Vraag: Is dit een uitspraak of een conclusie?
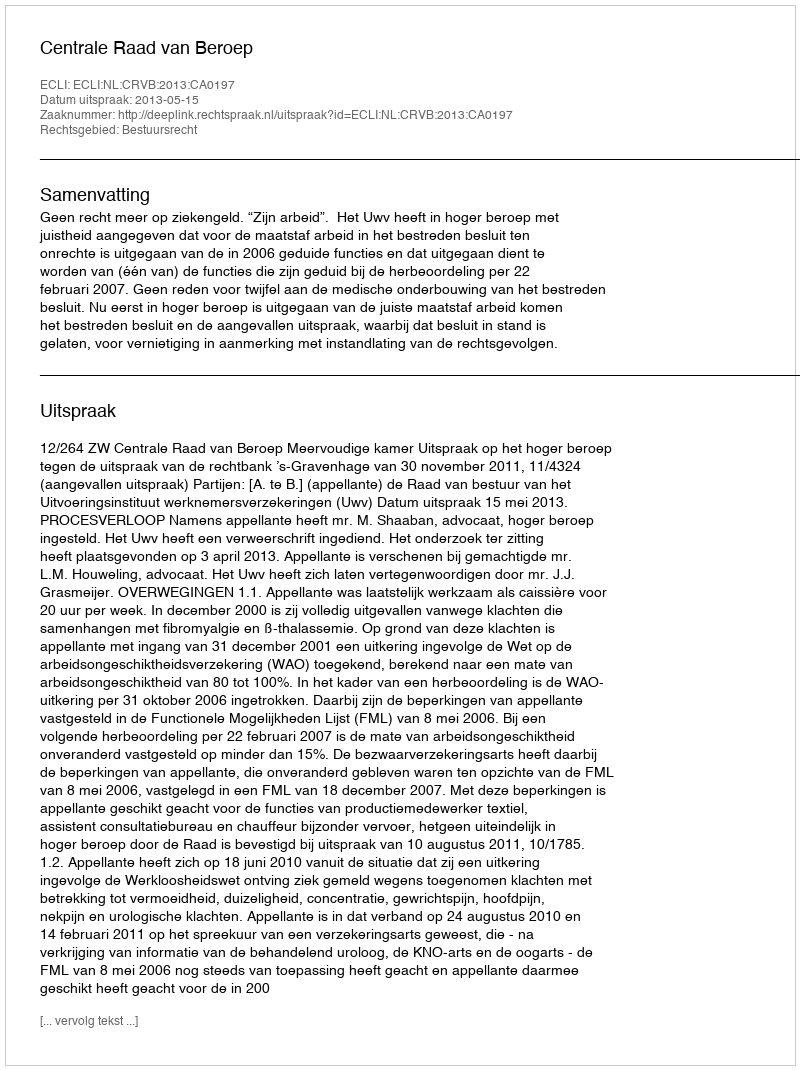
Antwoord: Uitspraak